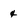
Character: 4